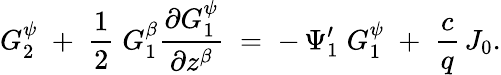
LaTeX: G_{2}^{\psi}\; +\; \frac{1}{2}\; G_{1}^{\beta}\frac{\partial G_{1}^{\psi}}{\partial z^{\beta}}\; =\; -\, \Psi_{1}^{\prime}\; G_{1}^{\psi}\; +\; \frac{c}{q}\, J_{0}.